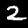
Digit: 2